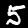
Label: 5